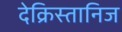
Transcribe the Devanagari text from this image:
देक्रिस्तानिज